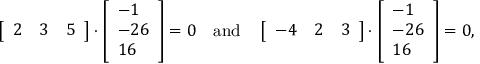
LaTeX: \left[ { \begin{array} { c c c } { 2 } & { 3 } & { 5 } \end{array} } \right] \cdot { \left[ \begin{array} { l } { - 1 } \\ { - 2 6 } \\ { 1 6 } \end{array} \right] } = 0 \quad \mathrm { a n d } \quad \left[ { \begin{array} { c c c } { - 4 } & { 2 } & { 3 } \end{array} } \right] \cdot { \left[ \begin{array} { l } { - 1 } \\ { - 2 6 } \\ { 1 6 } \end{array} \right] } = 0 \mathrm { , }